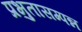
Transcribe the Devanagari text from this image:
प्रभुतासम्पन्न